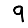
Digit: 9